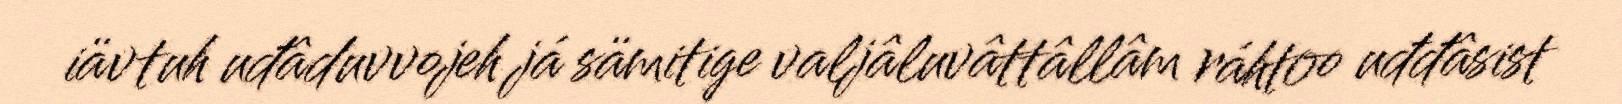
iävtuh uđâduvvojeh já sämitige valjâluvâttâllâm ráhtoo uđđâsist